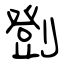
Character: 㔁